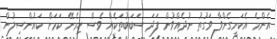
އެންމެ އެކަށީގެންވާ ވަގުތު ނުދެއްވުން ފަދަ ސަބަބުތަކެއް ވެސް ހިމެނޭ ކަމަށް ކައުންސިލުން